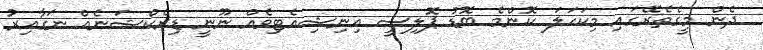
ދެން މީގެތެރޭގައި މިކަހަލަ ކޮންމެ ބޮޑު ޕޮލިސީ އިނިޝިއެޓިވެއް ނޫނީ ޑިރެކްޝަނެއް ނަގާއިރު